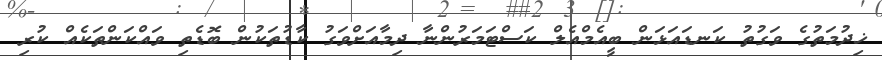
ޚިދުމަތުގެ ވަގުތު ކަނޑައަޅަން ބީއެމްއެލް ކަސްޓަމަރުންނާ ދިމާއަށްވަގު ކާޑުތަކުން ބޮޑެތި ވައްކަންތަކެއް ކުރި